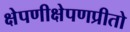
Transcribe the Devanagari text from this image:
क्षेपणीक्षेपणप्रीतो